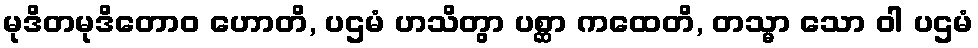
မုဒိတမုဒိတောဝ ဟောတိ, ပဌမံ ဟသိတွာ ပစ္ဆာ ကထေတိ, တသ္မာ သော ဝါ ပဌမံ